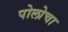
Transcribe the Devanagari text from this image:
पोलोचा